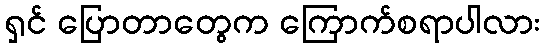
ရှင် ပြောတာတွေက ကြောက်စရာပါလား